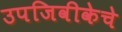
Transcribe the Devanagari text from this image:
उपजिवीकेचे